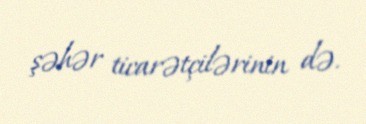
şəhər ticarətçilərinin də.